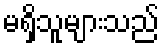
မရှိသူများသည်